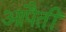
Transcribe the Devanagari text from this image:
आपैतीं